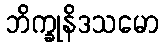
ဘိက္ခုနိဒသမော